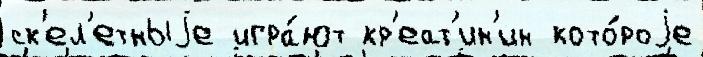
ск'ел'етныjе игра́ют кр'еат'ин'ин кото́роjе